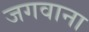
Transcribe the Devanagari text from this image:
जगवाना